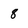
Character: 8